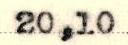
20,10